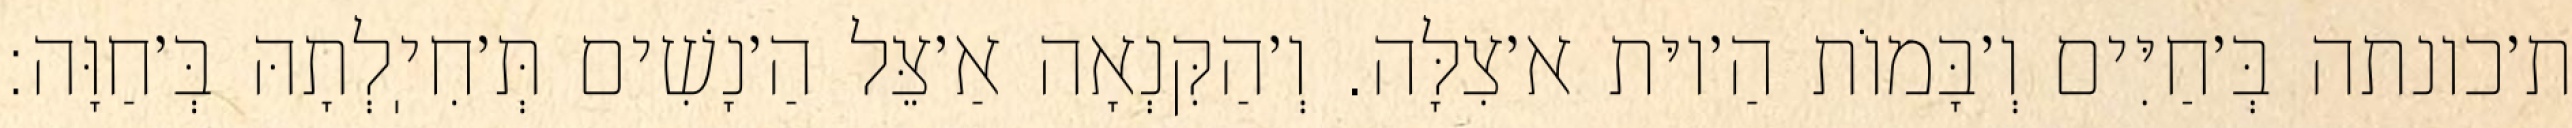
ת׳כונתה בְּ׳חַיִּים וְ׳בָּמוֹת הַ׳יוּת א׳צִלָּה. וְ׳הַקִּנְאָה אַ׳צֵּל הַ׳נָשִׁים תְּ׳חִיֽלְתָהּ בְּ׳חַוָּה: